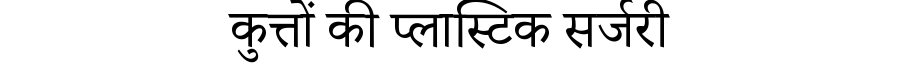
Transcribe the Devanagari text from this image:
कुत्तों की प्लास्टिक सर्जरी